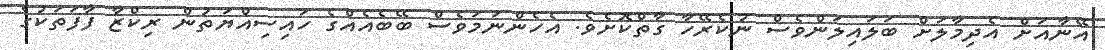
އޭނާއަށް އެދިމާލަށް ބަލައިލަންވެސް ނުކެރޭހާ ގާތްކޮށެވެ. އެހެންނަމަވެސް ބޭބެއެއްގެ ހައިސިއްޔަތުން ރިކްޒާ ފާފަތަކުގެ